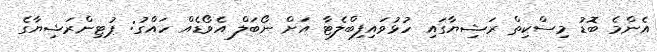
އެންމެ ބޮޑު މިސްކިތް ރަޝިޔާގައި ހުޅުވައިފިބްލެޓާ އަށް ނޯބަލް އެވޯޑެއް ހައްގު: ޕުޓިންރަޝިޔާގެ